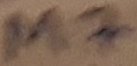
Text: M7